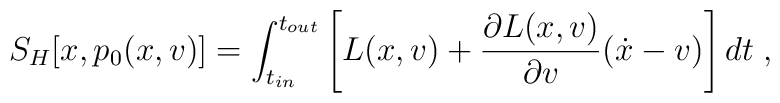
S_{H}[x,p_{0}(x,v)]=\int_{t_{in}}^{t_{out}}\left[L(x,v)+\frac{\partial L(x,v)}{\partial v}(\dot{x}-v)\right]dt \; ,